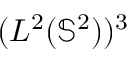
( L ^ { 2 } ( \mathbb { S } ^ { 2 } ) ) ^ { 3 }